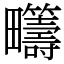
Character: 𤴆